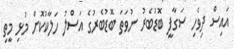
އައިސް ދިވެހި ސަގާފީ ބޮޑުބެރު ނުވަތަ ބޮޑުބެރުގެ އަސްލު ހަލާކުކޮށް މުޅި މީތި